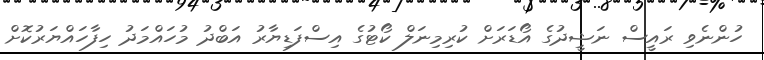
ހުންނެވި ރައީސް ނަޝީދުގެ އޯޑަރަށް ކުރިމިނަލް ކޯޓުގެ އިސްފަޑިޔާރު އަބްދު މުހައްމަދު ހިފާހައްޔަރުކޮށް